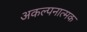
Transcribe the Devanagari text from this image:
अकल्पनात्मक